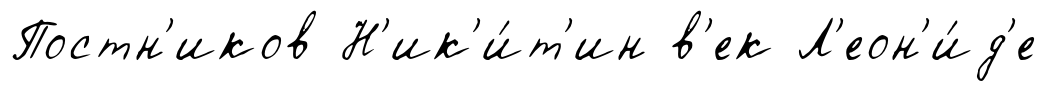
Постн'иков Н'ик'и́т'ин в'ек Л'еон'и́д'е